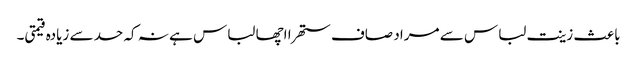
باعث زینت لباس سے مراد صاف ستھرا اچھا لباس ہے نہ کہ حد سے زیادہ قیمتی۔